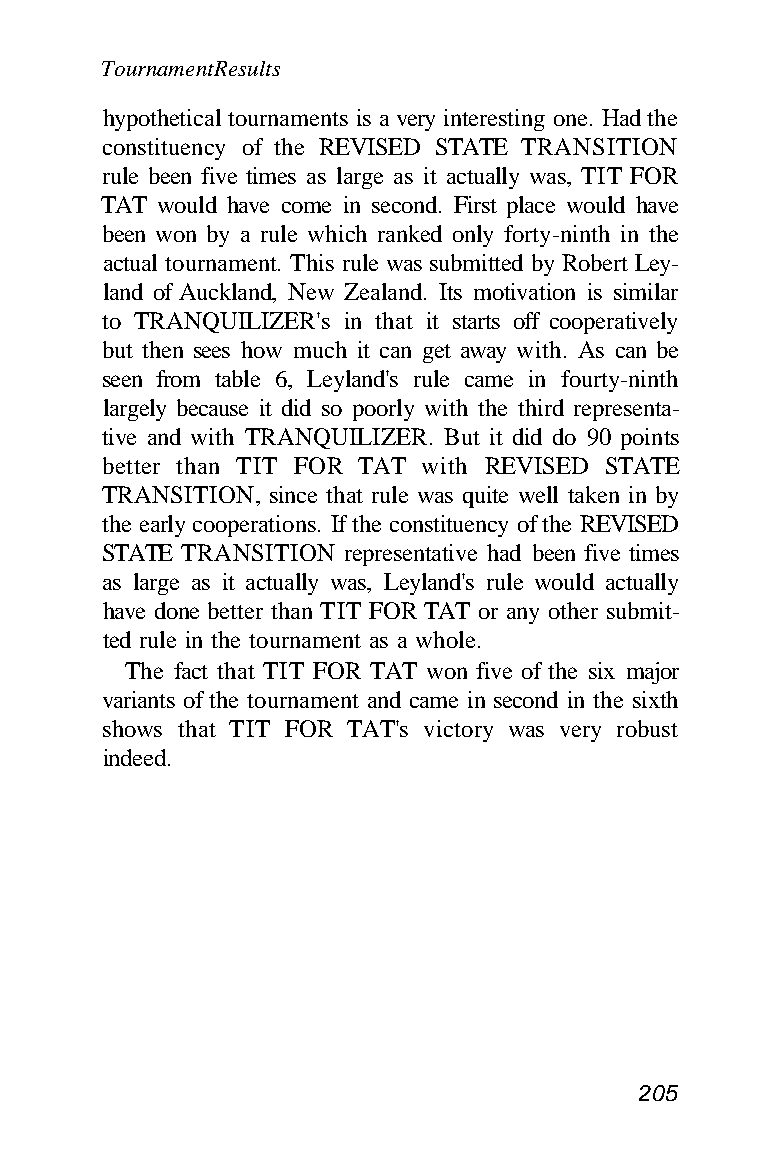
Tournament Results
 hypothetical tournaments is a very interesting one. Had the
 constituency of the REVISED STATE TRANSITION
 rule been five times as large as it actually was, TIT FOR
 TAT would have come in second. First place would have
 been won by a rule which ranked only forty-ninth in the
 actual tournament. This rule was submitted by Robert Ley-
 land of Auckland, New Zealand. Its motivation is similar
 to TRANQUILIZER's in that it starts off cooperatively
 but then sees how much it can get away with. As can be
 seen from table 6, Leyland's rule came in fourty-ninth
 largely because it did so poorly with the third representa-
 tive and with TRANQUILIZER. But it did do 90 points
 better than TIT FOR TAT with REVISED STATE
 TRANSITION, since that rule was quite well taken in by
 the early cooperations. If the constituency of the REVISED
 STATE TRANSITION representative had been five times
 as large as it actually was, Leyland's rule would actually
 have done better than TIT FOR TAT or any other submit-
 ted rule in the tournament as a whole.
 The fact that TIT FOR TAT won five of the six major
 variants of the tournament and came in second in the sixth
 shows that TIT FOR TAT's victory was very robust
 indeed.
 205